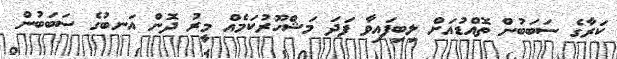
ކަރާގެ ސަބަބުން ތޮއްޑުއަށް ލިބިފައިވާ ފަދަ މަޝްހޫރުކަމެއް މީރު ދޮން އަނބުގެ ސަބަބުން